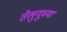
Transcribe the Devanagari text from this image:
तेलुगूच्या